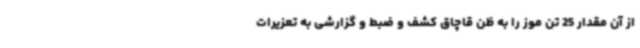
از آن مقدار 25 تن موز را به ظن قاچاق کشف و ضبط و گزارشی به تعزیرات